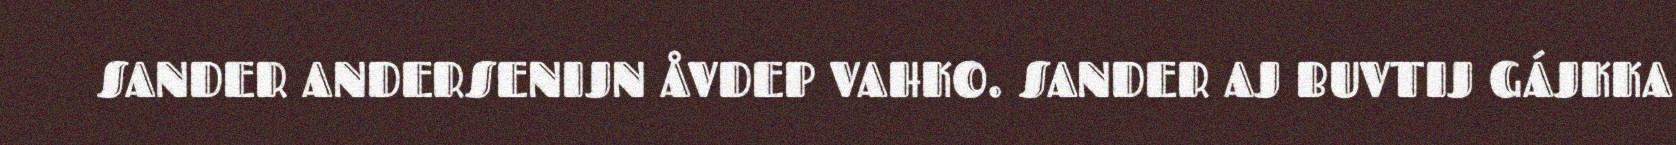
SANDER ANDERSENIJN ÅVDEP VAHKO. SANDER AJ BUVTIJ GÁJKKA